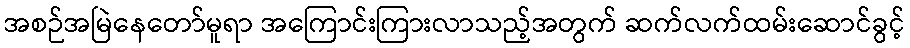
အစဉ်အမြဲနေတော်မူရာ အကြောင်းကြားလာသည့်အတွက် ဆက်လက်ထမ်းဆောင်ခွင့်